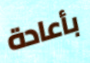
بأعادة